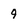
Character: 9